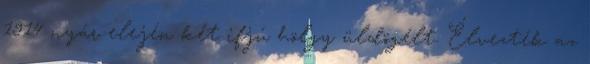
1914 nyár elején két ifjú hölgy üldögélt. Élvezték az